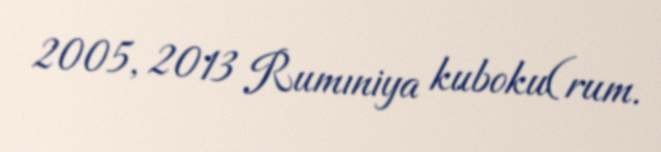
2005, 2013 Rumıniya kuboku(rum.